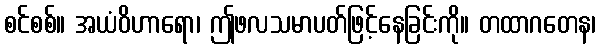
စင်စစ်။ အယံဝိဟာရော၊ ဤဖလသမာပတ်ဖြင့်နေခြင်းကို။ တထာဂတေန၊